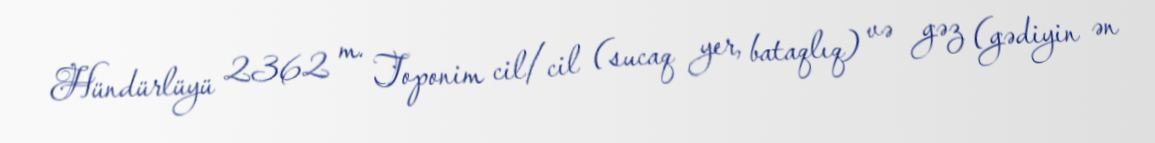
Hündürlüyü 2362 m. Toponim cil/cil (sucaq yer, bataqlıq) və gəz (gədiyin ən